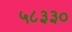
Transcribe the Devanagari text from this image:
५८३३०